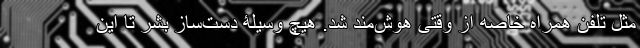
مثل تلفن همراه خاصه از وقتی هوش‌مند شد. هیچ وسیلۀ دست‌ساز بشر تا این